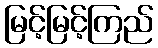
မြင့်မြင့်ကြည်